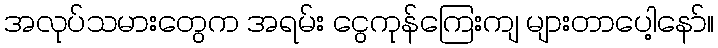
အလုပ်သမားတွေက အရမ်း ငွေကုန်ကြေးကျ များတာပေါ့နော်။